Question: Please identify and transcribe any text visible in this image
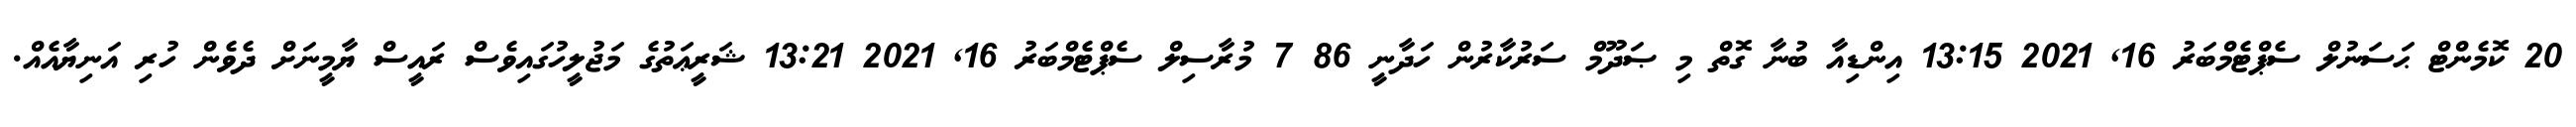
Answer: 20 ކޮމެންޓް ޙަސަނުލް ސެޕްޓެމްބަރު 16, 2021 13:15 އިންޑިއާ ބުނާ ގޮތް މި ޞަދޫމް ސަރުކާރުން ހަދާނީ 86 7 މުރާސިލް ސެޕްޓެމްބަރު 16, 2021 13:21 ޝަރީޢަތުގެ މަޖުލީހުގައިވެސް ރައީސް ޔާމީނަށް ދެވެން ހުރި އަނިޔާއެއް.